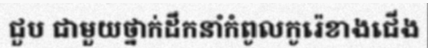
ជួប ជាមួយថ្នាក់ដឹកនាំកំពូលកូរ៉េខាងជើង